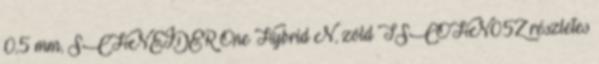
0,5 mm, SCHNEIDER One Hybrid N, zöld TSCOHN05Z részletes